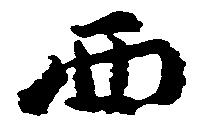
西